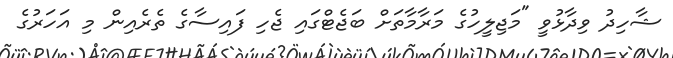
ޝާހިދު ވިދާޅުވީ "މަޖިލީހުގެ މަރާމާތަށް ބަޖެޓްގައި ޖެހި ފައިސާގެ ތެރެއިން މި އަހަރުގެ